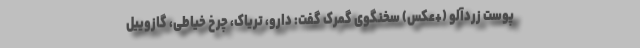
پوست زردآلو (+عکس) سخنگوی گمرک گفت: دارو، تریاک، چرخ خیاطی، گازوییل